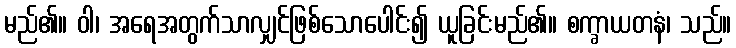
မည်၏။ ဝါ၊ အရေအတွက်သာလျှင်ဖြစ်သောပေါင်း၍ ယူခြင်းမည်၏။ စက္ခာယတနံ၊ သည်။